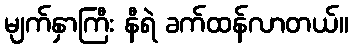
မျက်နှာကြီး နီရဲ ခက်ထန်လာတယ်။